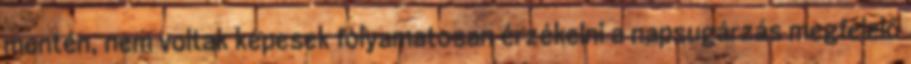
mentén, nem voltak képesek folyamatosan érzékelni a napsugárzás megfelelő